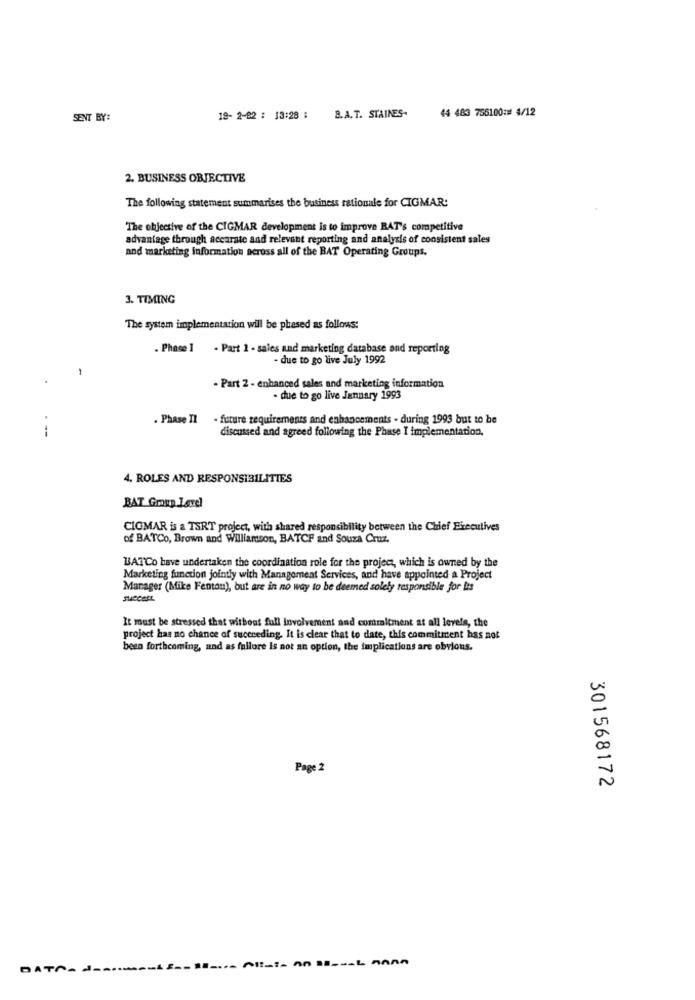
44 483 756100:# 4/12
SENT BY:
19- 2-02 : 13:28 :
B.A. T. STAINES-
2. BUSINESS OBJECTIVE
The following statement summarises the business rationale for CIGMAR:
The objective of the CIGMAR development is to improve RAT's competitive
advantage through accurate and relevant reporting and analysis of consistent sales
and marketing information across all of the BAT Operating Groups.
3. TIMING
The system implementation will be phesed as follows:
. Phase I - Part 1 - sales and marketing database and reporting
- due to go live July 1992
- Part 2 - enhanced sales and marketing information
- due to go live January 1993
. Phase II . future requirements and enhancements - during 1993 but to be
--
discussed and agreed following the Phase I implementation,
4. ROLES AND RESPONSIBILITIES
BAT Gmup Level
CIOMAR is a TSRT project, with shared responsibility between the Chief Executives
of BATCo, Brown and Williamson, BATCF and Souza Cruzz.
BATCo have undertaken the coordination role for the project, which is owned by the
Marketing function jointly with Management Services, and have appointed a Project
Manager (Mike Fenton), but are in no way to be deemed solely responsible for Its
SueCEEL
It must be stressed that without full involvement and commitment at all levels, the
project has no chance of succeeding. It is clear that to date, this commitment has not
been forthcoming, and as fullore Is not an option, the implications are obvious.
Page 2
301568172
DATA- -------- i ======··- All _:- An Ss --- L NAAA